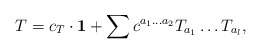
\begin{align*}T=c_T\cdot{\bf 1} + \sum c^{a_{1}\dots a_{2}} T_{a_{1}}\dots T_{a_{l}},\end{align*}